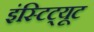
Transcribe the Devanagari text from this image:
इंस्टिट्यूट